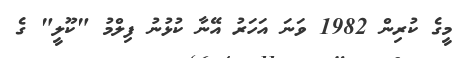
މީގެ ކުރިން 1982 ވަނަ އަހަރު އޭނާ ކުޅުނު ފިލްމު "ކޫލީ" ގެ